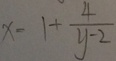
x - 1 + \frac { 4 } { y - 2 }